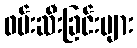
ဖမ်းဆီးခြင်းများ